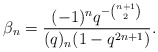
\begin{align*} \beta_n = \frac{(-1)^nq^{-\binom{n+1}{2}}}{(q)_{n}(1-q^{2n+1})}.\end{align*}